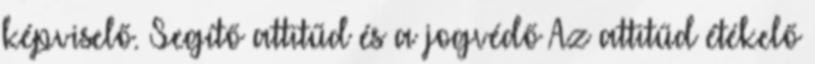
képviselő. Segítő attitűd és a jogvédő Az attitűd étékelő